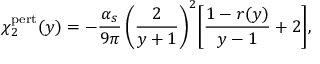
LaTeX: \chi _ { 2 } ^ { \mathrm { p e r t } } ( y ) = - { \frac { \alpha _ { s } } { 9 \pi } } \, \bigg ( { \frac { 2 } { y + 1 } } \bigg ) ^ { 2 } \bigg [ { \frac { 1 - r ( y ) } { y - 1 } } + 2 \bigg ] ,